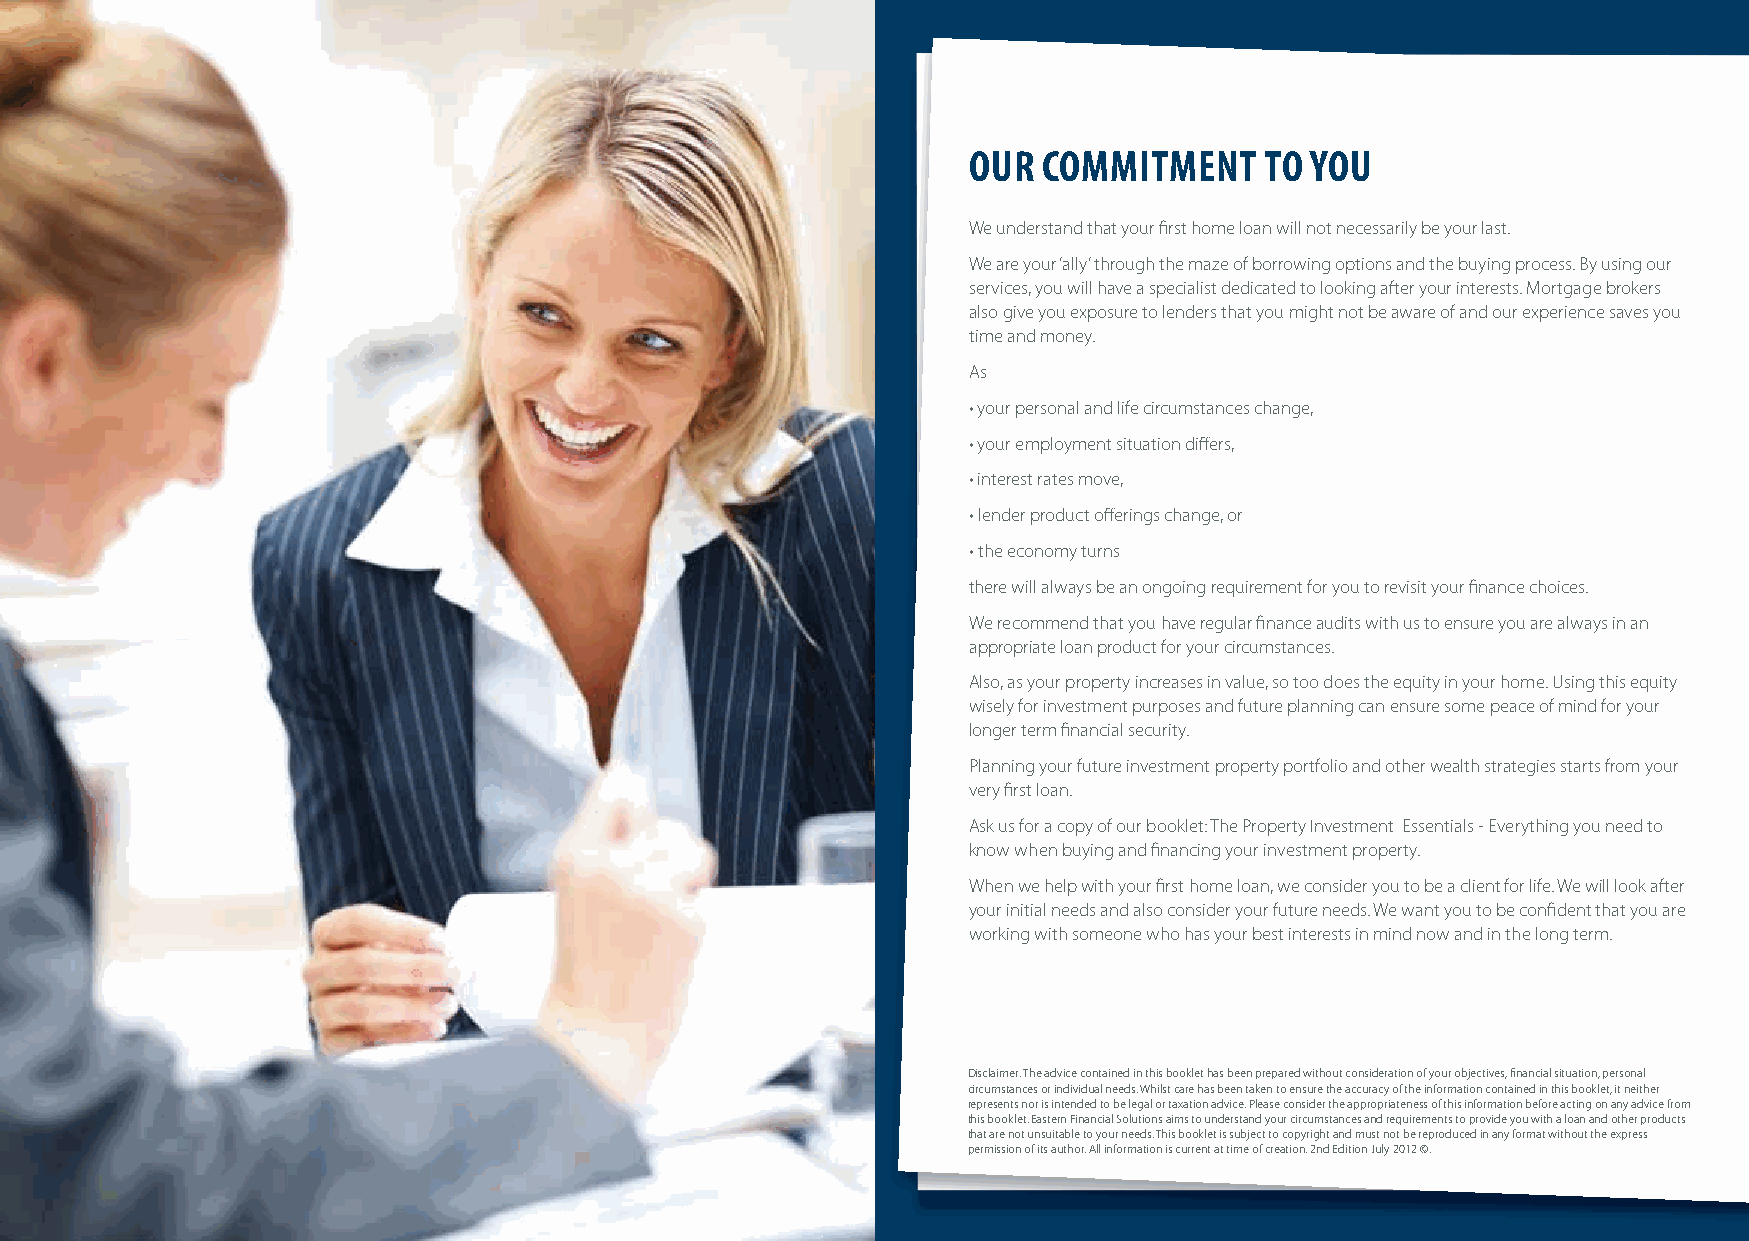
OUR  COMMITMENT     TO YOU
 We understand that your fi rst home loan will not necessarily be your last.
 We are your ‘ally’ through the maze of borrowing options and the buying process. By using our
 services, you will have a specialist dedicated to looking after your interests. Mortgage brokers
 also give you exposure to lenders that you might not be aware of and our experience saves you
 time and money.
 As
 • your personal and life circumstances change,
 • your employment situation diff ers,
 • interest rates move,
 • lender product off erings change, or
 • the economy turns
 there will always be an ongoing requirement for you to revisit your fi nance choices.
 We recommend that you have regular fi nance audits with us to ensure you are always in an
 appropriate loan product for your circumstances.
 Also, as your property increases in value, so too does the equity in your home. Using this equity
 wisely for investment purposes and future planning can ensure some peace of mind for your
 longer term fi nancial security.
 Planning your future investment property portfolio and other wealth strategies starts from your
 very fi rst loan.
 Ask us for a copy of our booklet: The Property Investment Essentials - Everything you need to
 know when buying and fi nancing your investment property.
 When we help with your fi rst home loan, we consider you to be a client for life. We will look after
 your initial needs and also consider your future needs. We want you to be confi dent that you are
 working with someone who has your best interests in mind now and in the long term.
 Disclaimer: The advice contained in this booklet has been prepared without consideration of your objectives, fi nancial situation, personal
 circumstances or individual needs. Whilst care has been taken to ensure the accuracy of the information contained in this booklet, it neither
 represents nor is intended to be legal or taxation advice. Please consider the appropriateness of this information before acting on any advice from
 this booklet. Eastern Financial Solutions aims to understand your circumstances and requirements to provide you with a loan and other products
 that are not unsuitable to your needs. This booklet is subject to copyright and must not be reproduced in any format without the express
 permission of its author. All information is current at time of creation. 2nd Edition July 2012 ©.
 30                                                                                                          31